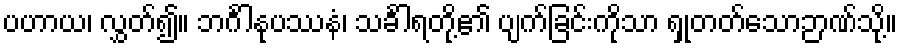
ပဟာယ၊ လွှတ်၍။ ဘင်္ဂါနုပဿနံ၊ သင်္ခါရတို့၏ ပျက်ခြင်းကိုသာ ရှုတတ်သောဉာဏ်သို့။